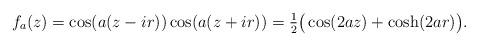
LaTeX: \begin{align*} f_a(z)=\cos(a(z-ir))\cos(a(z+ir))=\tfrac{1}{2}\big(\cos(2az)+\cosh(2ar)\big).\end{align*}